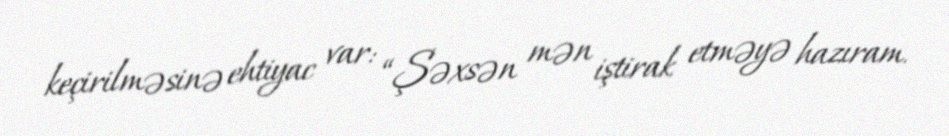
keçirilməsinə ehtiyac var: “Şəxsən mən iştirak etməyə hazıram.